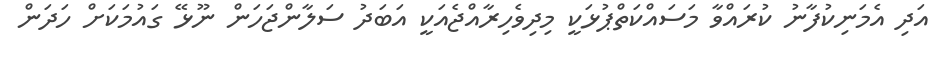
އަދި އެމަނިކުފާނު ކުރައްވާ މަސައްކަތްޕުޅަކީ މިދިވެހިރާއްޖެއަކީ އަބަދު ސަލާންޖަހަން ނޫޅޭ ގައުމަކަށް ހަދަން